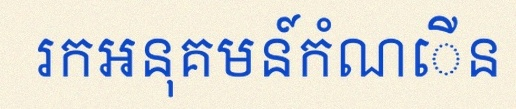
រកអនុគមន៍កំណើន